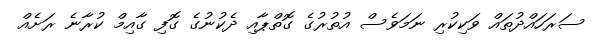
ސަރަހައްދުތައް ވަކިކުރި ނަމަވެސް އުތުރުގެ ގޮތްޕާއި ދެކުނުގެ ގޮފި ގާއިމް ކުރާނެ ރަށެއް